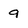
Character: 9